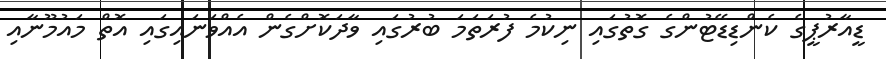
ޑީއާރުޕީގެ ކެންޑިޑޭޓުންގެ ގޮތުގައި ނިކުމެ ފުރަތަމަ ބުރުގައި ވާދަކޮށްގެން އެއްވަނައިގައި އޮތް މައުމޫނާއި